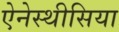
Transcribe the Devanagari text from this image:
ऐनेस्थीसिया